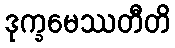
ဒုက္ခမေဿတီတိ